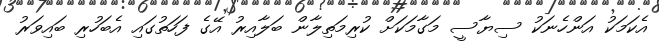
އެކަމަކު އަންހެނަކު ސިޔާސީ މަގާމަކަށް ކުރިމަތިލާން ބަލާއިރު އޭގެ ފަހަތުގައި އެބަހުރި ބައިވަރު